Report on the bubonic plague in Bombay, 1896-1897
Year: 1896
Disease focus: Plague
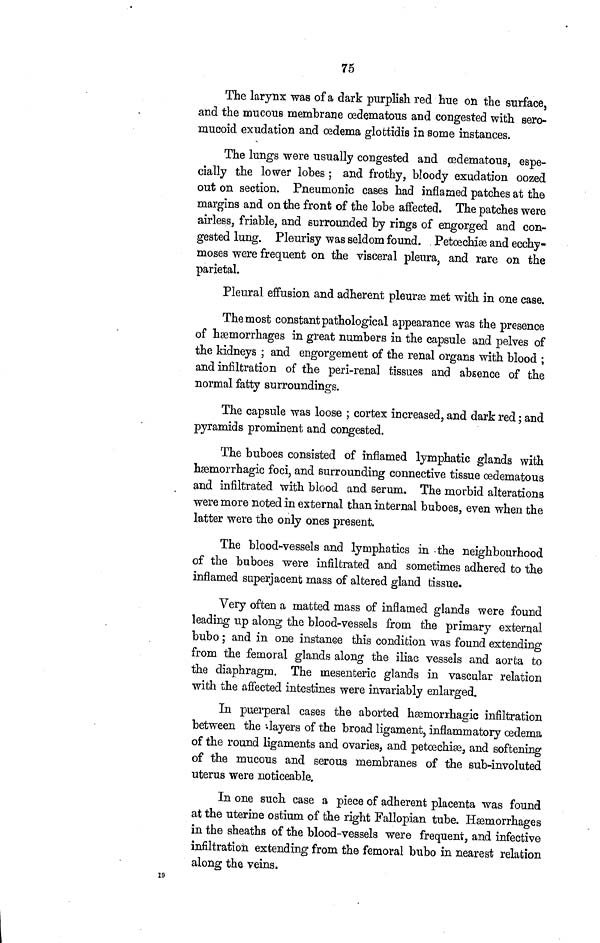
75
The larynx was of a dark purplish red hue on the surface,
and the mucous membrane ædematous and congested with sero-
mucoid exudation and ædema glottidis in some instances.
The lungs were usually congested and œdematous, espe-
cially the lower lobes ; and frothy, bloody exudation oozed
out on section. Pneumonic cases had inflamed patches at the
margins and on the front of the lobe affected. The patches were
airless, friable, and surrounded by rings of engorged and con-
gested lung. Pleurisy was seldom found. Petæchiæ and ecchy-
moses were frequent on the visceral pleura, and rare on the
parietal.
Pleural effusion and adherent pleuræ met with in one case.
The most constant pathological appearance was the presence
of hæmorrhages in great numbers in the capsule and pelves of
the kidneys ; and engorgement of the renal organs with blood ;
and infiltration of the peri-renal tissues and absence of the
normal fatty surroundings.
The capsule was loose ; cortex increased, and dark red ; and
pyramids prominent and congested.
The buboes consisted of inflamed lymphatic glands with
hæmorrhagic foci, and surrounding connective tissue œdematous
and infiltrated with blood and serum. The morbid alterations
were more noted in external than internal buboes, even when the
latter were the only ones present.
The blood-vessels and lymphatics in the neighbourhood
of the buboes were infiltrated and sometimes adhered to the
inflamed superjacent mass of altered gland tissue.
Very often a matted mass of inflamed glands were found
leading up along the blood-vessels from the primary external
bubo ; and in one instanee this condition was found extending
from the femoral glands along the iliac vessels and aorta to
the diaphragm. The mesenteric glands in vascular relation
with the affected intestines were invariably enlarged.
In puerperal cases the aborted hæmorrhagic infiltration
between the -layers of the broad ligament, inflammatory œdema
of the round ligaments and ovaries, and petœchiæ, and softening
of the mucous and serous membranes of the sub-involuted
uterus were noticeable.
In one such case a piece of adherent placenta was found
at the uterine ostium of the right Fallopian tube. Hæmorrhages
in the sheaths of the blood-vessels were frequent, and infective
infiltration extending from the femoral bubo in nearest relation
along the veins.
19